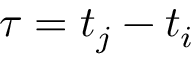
\tau = t _ { j } - t _ { i }